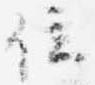
位